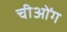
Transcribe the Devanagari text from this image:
चीओंग